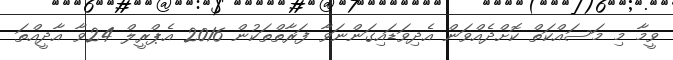
ވީމާ މި މަސައްކަތް ކޮށްދެއްވަން އެދިވަޑައިގަންނަވާ ފަރާތްތަކުން 2016 އެޕްރީލް 24ވާ އާދީއްތަ